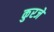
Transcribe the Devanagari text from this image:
कुरजे